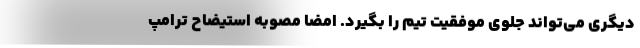
دیگری می‌تواند جلوی موفقیت تیم را بگیرد. امضا مصوبه استیضاح ترامپ